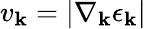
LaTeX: v_{\mathbf{k}}=|\nabla_{\mathbf{k}}\epsilon_{\mathbf{k}}|